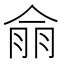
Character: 𮯿